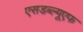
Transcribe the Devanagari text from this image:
एसडब्ल्यूएफ